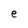
Character: e